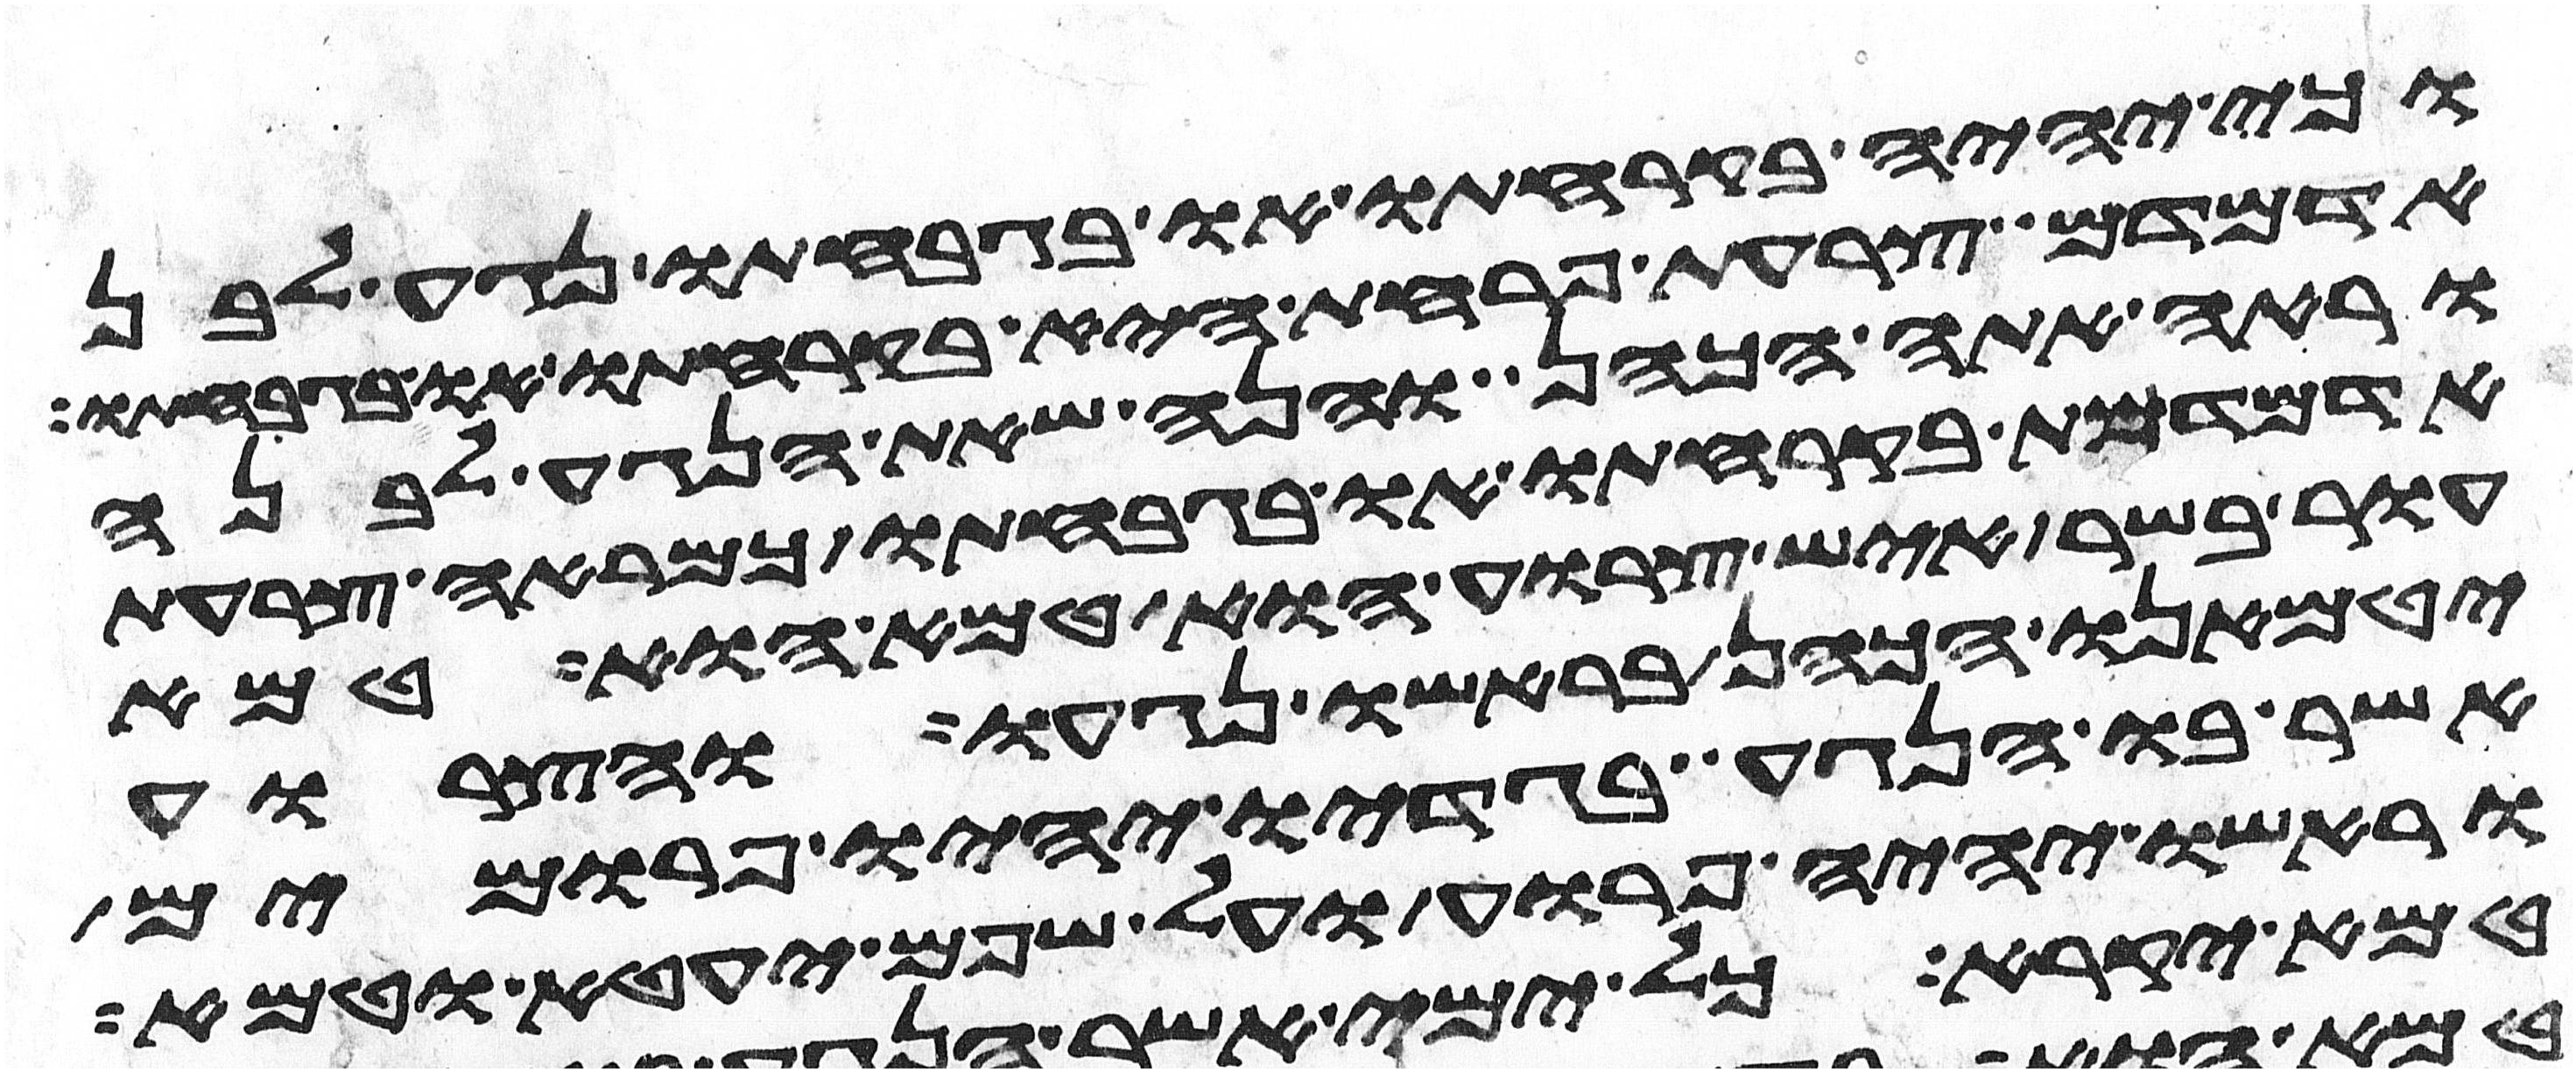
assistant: כי יהיה בקרחתו או בגבחתו נגע לבן
אדמדם צרעת פרחת היא בקרחתו או בגבחתו
וראה אתה הכהן והנה שאת הנגע לבנה
אדמדמת בקרחתו או בגבחתו כמראה צרעת
עור בשר איש צרוע הוא טמא הוא טמא
יטמאנו הכהן בראשו נגעו והצרוע
אשר בו הנגע בגדיו יהיו פרומים
וראשו יהיה פרוע ועל שפם יעטא וטמא